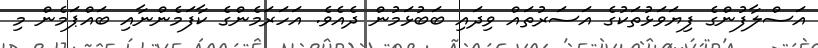
އަސްލާފުންގެ ފިޔަވަޅުތަކުގެ އަސަރުތައް ވިދައި ބަބުޅަމުން ދެއެވެ. އަހަރަމެންގެ ކާފަމެންނާއި ބައްޕަމެން މި